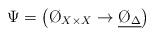
LaTeX: \begin{align*} \Psi = \left( \O_{X\times X}\to\underline{\O_\Delta} \right)\end{align*}